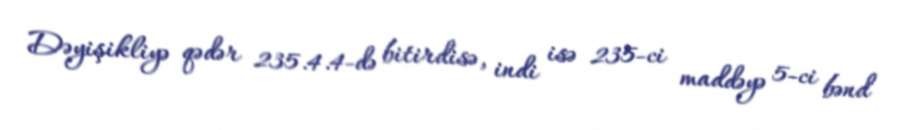
Dəyişikliyə qədər 235.4.4-də bitirdisə, indi isə 235-ci maddəyə 5-ci bənd